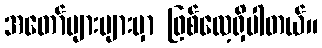
အတော်များများမှာ ဖြစ်လေ့ရှိပါတယ်။